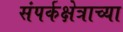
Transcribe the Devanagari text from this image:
संपर्कक्षेत्राच्या